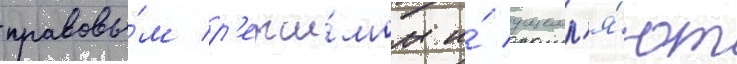
правовы́м р'ежи́мом и́ ущемл'я́ют